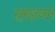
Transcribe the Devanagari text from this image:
सुखावन